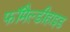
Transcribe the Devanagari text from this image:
फॉमैल्डीहाइड